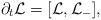
LaTeX: \begin{align*}\partial_t\mathcal{L}=[\mathcal{L},\mathcal{L}_-],\end{align*}